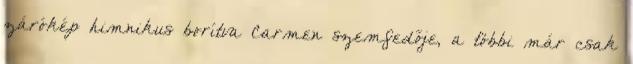
zárókép himnikus borítva Carmen szemfedője, a többi már csak